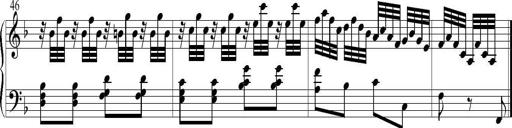
Title: 6 Leichte Sonatinen, Teil 1
Composer: F. Sigismund Sander